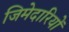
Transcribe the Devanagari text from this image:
जिमेदारियों